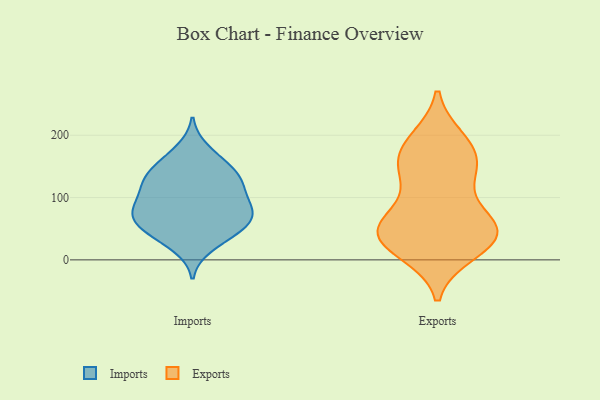
{"axis": {"x": "Net Income (USD K)", "y": "Value"}, "legend": ["Exports", "Imports"], "data": [{"x": "", "y": 81, "type": "Imports"}, {"x": "", "y": 120, "type": "Imports"}, {"x": "", "y": 53, "type": "Imports"}, {"x": "", "y": 35, "type": "Imports"}, {"x": "", "y": 21, "type": "Imports"}, {"x": "", "y": 79, "type": "Imports"}, {"x": "", "y": 128, "type": "Imports"}, {"x": "", "y": 148, "type": "Imports"}, {"x": "", "y": 134, "type": "Imports"}, {"x": "", "y": 80, "type": "Imports"}, {"x": "", "y": 62, "type": "Imports"}, {"x": "", "y": 114, "type": "Imports"}, {"x": "", "y": 72, "type": "Imports"}, {"x": "", "y": 55, "type": "Imports"}, {"x": "", "y": 136, "type": "Imports"}, {"x": "", "y": 161, "type": "Imports"}, {"x": "", "y": 86, "type": "Imports"}, {"x": "", "y": 177, "type": "Imports"}, {"x": "", "y": 104, "type": "Imports"}, {"x": "", "y": 46, "type": "Imports"}, {"x": "", "y": 51, "type": "Exports"}, {"x": "", "y": 139, "type": "Exports"}, {"x": "", "y": 72, "type": "Exports"}, {"x": "", "y": 190, "type": "Exports"}, {"x": "", "y": 129, "type": "Exports"}, {"x": "", "y": 174, "type": "Exports"}, {"x": "", "y": 162, "type": "Exports"}, {"x": "", "y": 193, "type": "Exports"}, {"x": "", "y": 41, "type": "Exports"}, {"x": "", "y": 61, "type": "Exports"}, {"x": "", "y": 42, "type": "Exports"}, {"x": "", "y": 12, "type": "Exports"}, {"x": "", "y": 54, "type": "Exports"}, {"x": "", "y": 15, "type": "Exports"}, {"x": "", "y": 41, "type": "Exports"}, {"x": "", "y": 32, "type": "Exports"}, {"x": "", "y": 144, "type": "Exports"}]}